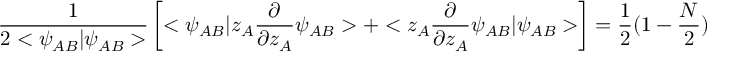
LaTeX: \frac { 1 } { 2 < \psi _ { A B } | \psi _ { A B } > } \left[ < \psi _ { A B } | z _ { A } \frac { \partial } { \partial z _ { A } } \psi _ { A B } > + < z _ { A } \frac { \partial } { \partial z _ { A } } \psi _ { A B } | \psi _ { A B } > \right] = \frac { 1 } { 2 } ( 1 - \frac { N } { 2 } )